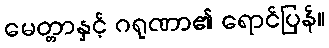
မေတ္တာနှင့် ဂရုဏာ၏ ရောင်ပြန်။